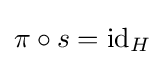
\pi \circ s=\mathrm {id} _{H}